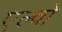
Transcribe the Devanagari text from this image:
एल्वो